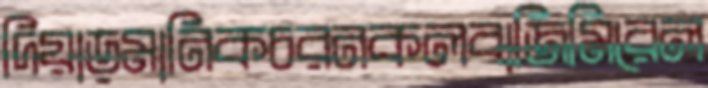
দিয়াড়মানিকচরনকলবাজিমিরেল